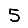
Digit: 5